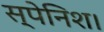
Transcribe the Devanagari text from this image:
स्पेनिश।